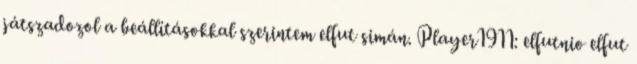
játszadozol a beállításokkal szerintem elfut simán. Player1911: elfutnio elfut